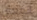
المعين